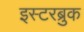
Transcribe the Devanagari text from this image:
इस्टरब्रुक